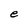
Character: e